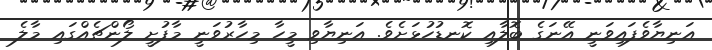
އަނިޔާވެފައިވަނީ އޭނަގެ ބޮލާއި ކޮނޑުހުޅަށެވެ. އަނިޔާވި މީހާ މިހާރުވަނީ މާފުށީ ލޯންޗެއްގައި މާލެ